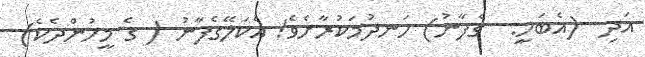
އަދި  (އެބަހީ:  ގެފާނު) ހަނދުމަކުރާށެވެ! އެކަލޭގެފާނު ( ގެ މީހުންދެކެ)